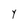
Character: Y